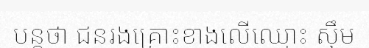
បន្តថា ជនរងគ្រោះខាងលើឈ្មោះ ស៊ឹម